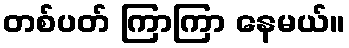
တစ်ပတ် ကြာကြာ နေမယ်။